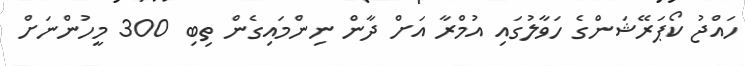
ހައްޖު ކޯޕަރޭޝަންގެ ހަވާލުގައި އުމްރާ އަށް ދާން ނިންމައިގެން ތިބި 300 މީހުންނަށް